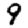
Digit: 9